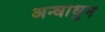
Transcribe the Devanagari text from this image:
अन्धाधुन